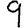
Digit: 9